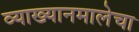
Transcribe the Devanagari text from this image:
व्याख्यानमालेचा